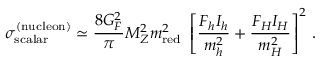
\sigma _ { \mathrm { s c a l a r } } ^ { ( \mathrm { n u c l e o n ) } } \simeq \frac { 8 G _ { F } ^ { 2 } } { \pi } M _ { Z } ^ { 2 } m _ { \mathrm { r e d } } ^ { 2 } \; \left[ \frac { F _ { h } I _ { h } } { m _ { h } ^ { 2 } } + \frac { F _ { H } I _ { H } } { m _ { H } ^ { 2 } } \right] ^ { 2 } \, .